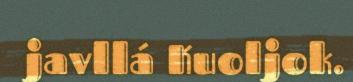
javllá Kuoljok.